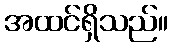
အထင်ရှိသည်။